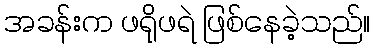
အခန်းက ဖရိုဖရဲ ဖြစ်နေခဲ့သည်။